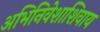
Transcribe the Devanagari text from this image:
अभिनिवेशाशिवाय